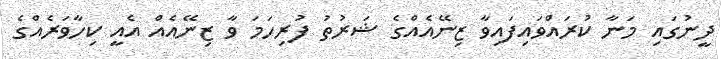
ދީނުގައި މަނާ ކުރައްވައިފައިވާ ޒިނޭއެއްގެ ޝަރުތު ފުރިހަމަ ވާ ޒިނޭއެއް އެއީ ކިހާވަރެއްގެ